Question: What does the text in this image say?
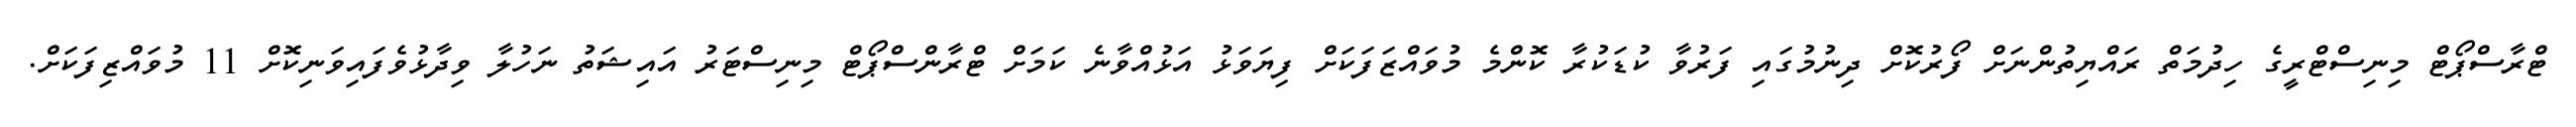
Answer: ޓްރާސްޕޯޓް މިނިސްޓްރީގެ ހިދުމަތް ރައްޔިތުންނަށް ފޯރުކޮށް ދިނުމުގައި ފަރުވާ ކުޑަކުރާ ކޮންމެ މުވައްޒަފަކަށް ފިޔަވަޅު އަޅުއްވާނެ ކަމަށް ޓްރާންސްޕޯޓް މިނިސްޓަރު އައިޝަތު ނަހުލާ ވިދާޅުވެފައިވަނިކޮށް 11 މުވައްޒިފަކަށް.